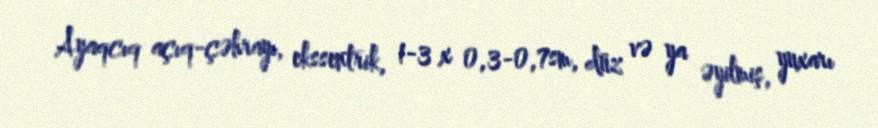
Ayaqcıq açıq-çəhrayı, ekssentrik, 1-3 x 0,3-0,7sm, düz və ya əyilmiş, yuxarı